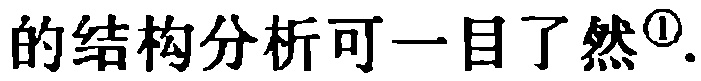
的结构分析可一目了然\textsuperscript{1}.